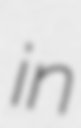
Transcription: in